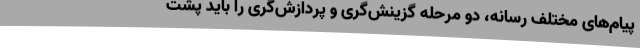
پیام‌های مختلف رسانه، دو مرحله گزینش‌گری و پردازش‌گری را باید پشت